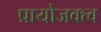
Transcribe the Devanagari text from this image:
प्रायोजक्त्व